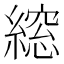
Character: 𮈾